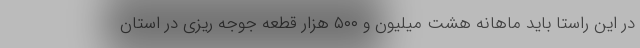
در این راستا باید ماهانه هشت میلیون و ۵۰۰ هزار قطعه جوجه ریزی در استان